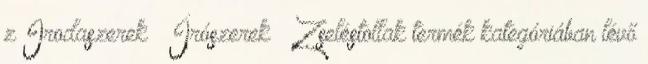
z Irodaszerek Írószerek Zseléstollak termék kategóriában lévő